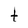
Character: t